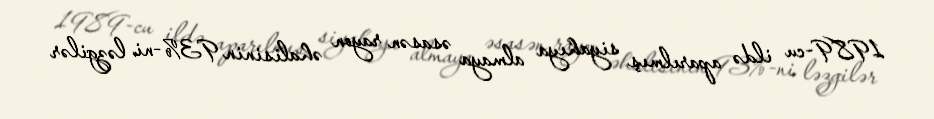
1989-cu ildə aparılmış siyahıya almaya əsasən rayon əhalisinin 93%-ni ləzgilər